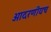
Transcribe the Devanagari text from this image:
आदरणीयच